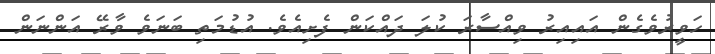
ހަވީރުވެގެން އައިއިރު ވިއްސާރަ ކުލަ ދައްކަން ފެށިއެވެ. އުޑުމަތި ބަނަވެ ވާރޭ އަންނަން